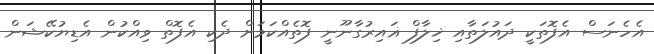
އެހެނަސް އެފޮތަކީ ދައުލަތާއި ޚިލާފް ޣައިރުގާނޫނީ ފޮތެއްކަމަށް ދެކި އެފޮތް ވިއްކުން އެޑިޔުކޭޝަން